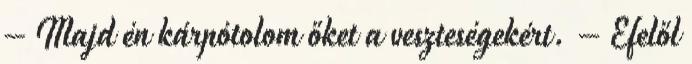
– Majd én kárpótolom őket a veszteségekért. – Efelől